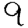
Digit: 9